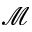
\mathcal M